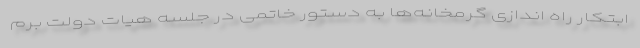
ابتکار راه اندازی گرمخانه‌ها به دستور خاتمی در جلسه هیات دولت برم